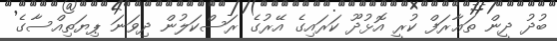
ބުދު ދީން ތަޢާރަފް ކުރީ އޮޅުދޫ ކަރައިގެ އޭރުގެ ރަސްކަލުން ދިވަނަ ޕިޔަތިއްސާގެ